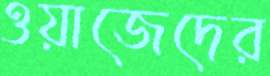
ওয়াজেদের